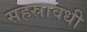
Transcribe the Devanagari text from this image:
सहस्रावधी